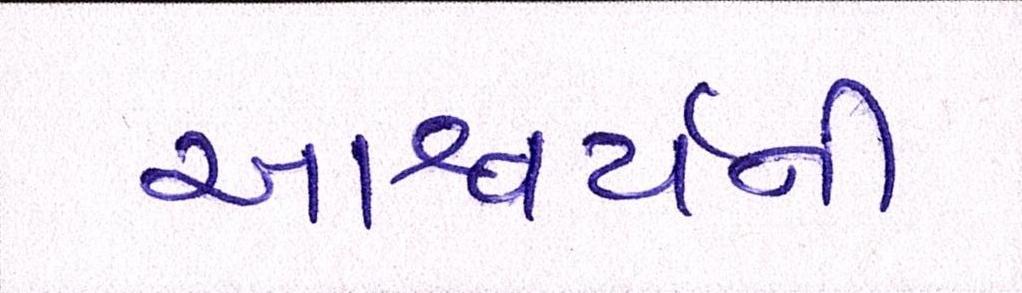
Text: આશ્ચર્ચની